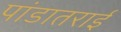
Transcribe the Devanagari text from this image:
पांडातराई